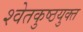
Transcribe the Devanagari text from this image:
श्वेतकुष्ठयुक्त